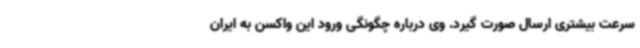
سرعت بیشتری ارسال صورت گیرد. وی درباره چگونگی ورود این واکسن به ایران